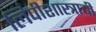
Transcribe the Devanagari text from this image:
लिपीशास्त्राची